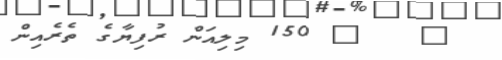
?   ? 150 މިލިއަން ރުފިޔާގެ ތެރެއިން